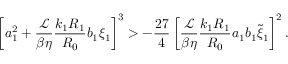
\left[ a _ { 1 } ^ { 2 } + \frac { \mathcal { L } } { \beta \eta } \frac { k _ { 1 } R _ { 1 } } { R _ { 0 } } b _ { 1 } \xi _ { 1 } \right] ^ { 3 } > - \frac { 2 7 } { 4 } \left[ \frac { \mathcal { L } } { \beta \eta } \frac { k _ { 1 } R _ { 1 } } { R _ { 0 } } a _ { 1 } b _ { 1 } \tilde { \xi } _ { 1 } \right] ^ { 2 } .